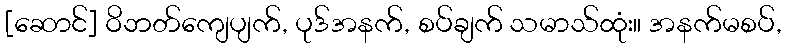
[ဆောင်] ဝိဘတ်ကျေပျက်, ပုဒ်အနက်, စပ်ချက် သမာသ်ထုံး။ အနက်မစပ်,